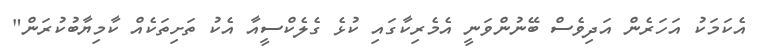
އެކަމަކު އަހަރެން އަދިވެސް ބޭނުންވަނީ އެމެރިކާގައި ކުޅެ ގެލެކްސީއާ އެކު ތަށިތަކެއް ކާމިޔާބުކުރަން"